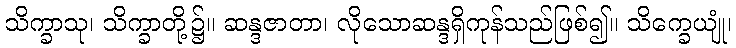
သိက္ခာသု၊ သိက္ခာတို့၌။ ဆန္ဒဇာတာ၊ လိုသောဆန္ဒရှိကုန်သည်ဖြစ်၍။ သိက္ခေယျုံ၊